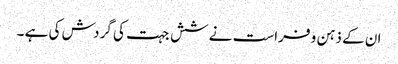
ان کے ذہن و فراست نے شش جہت کی گردش کی ہے ۔